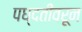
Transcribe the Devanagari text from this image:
पध्दतीवरून